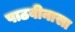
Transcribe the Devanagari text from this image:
पाठवीनासा